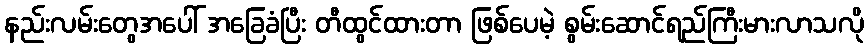
နည်းလမ်းတွေအပေါ် အခြေခံပြီး တီထွင်ထားတာ ဖြစ်ပေမဲ့ စွမ်းဆောင်ရည်ကြီးမားလာသလို